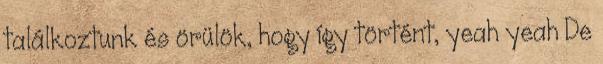
találkoztunk és örülök, hogy így történt, yeah yeah De